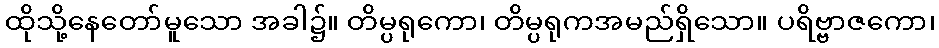
ထိုသို့နေတော်မူသော အခါ၌။ တိမ္ပရုကော၊ တိမ္ပရုကအမည်ရှိသော။ ပရိဗ္ဗာဇကော၊